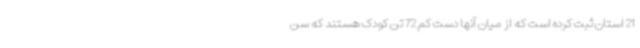
21 استان ثبت کرده است که از میان آنها دست کم 72 تن کودک هستند که سن